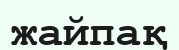
жайпақ